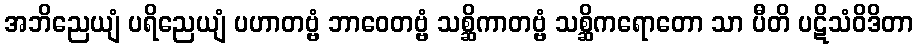
အဘိညေယျံ ပရိညေယျံ ပဟာတဗ္ဗံ ဘာဝေတဗ္ဗံ သစ္ဆိကာတဗ္ဗံ သစ္ဆိကရောတော သာ ပီတိ ပဋိသံဝိဒိတာ